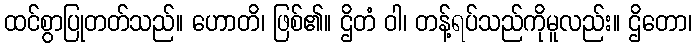
ထင်စွာပြုတတ်သည်။ ဟောတိ၊ ဖြစ်၏။ ဌိတံ ဝါ၊ တန့်ရပ်သည်ကိုမူလည်း။ ဌိတော၊